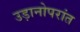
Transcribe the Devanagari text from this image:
उड़ानोपरांत